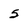
Character: 5